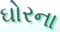
ઘોરના